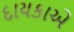
દાયકાએ